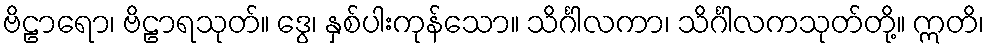
ဗိဠာရော၊ ဗိဠာရသုတ်။ ဒွေ၊ နှစ်ပါးကုန်သော။ သိင်္ဂါလကာ၊ သိင်္ဂါလကသုတ်တို့။ ဣတိ၊